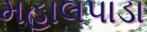
મહાલપાડા